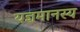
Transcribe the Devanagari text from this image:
यज्ञमानस्य